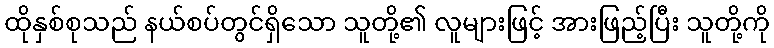
ထိုနှစ်စုသည် နယ်စပ်တွင်ရှိသော သူတို့၏ လူများဖြင့် အားဖြည့်ပြီး သူတို့ကို